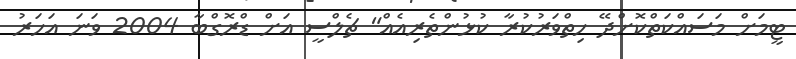
ޓީމަށް މަސައްކަތްކޮށްދޭ ހިތްވަރުކުރާ ކުޅުންތެރިއެއް" ޗެލްސީ އަށް ޑްރޮގްބާ 2004 ވަނަ އަހަރު